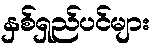
နှစ်ရှည်ပင်များ